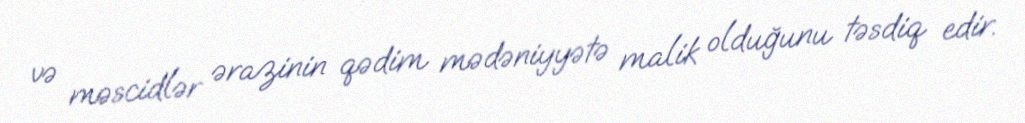
və məscidlər ərazinin qədim mədəniyyətə malik olduğunu təsdiq edir.